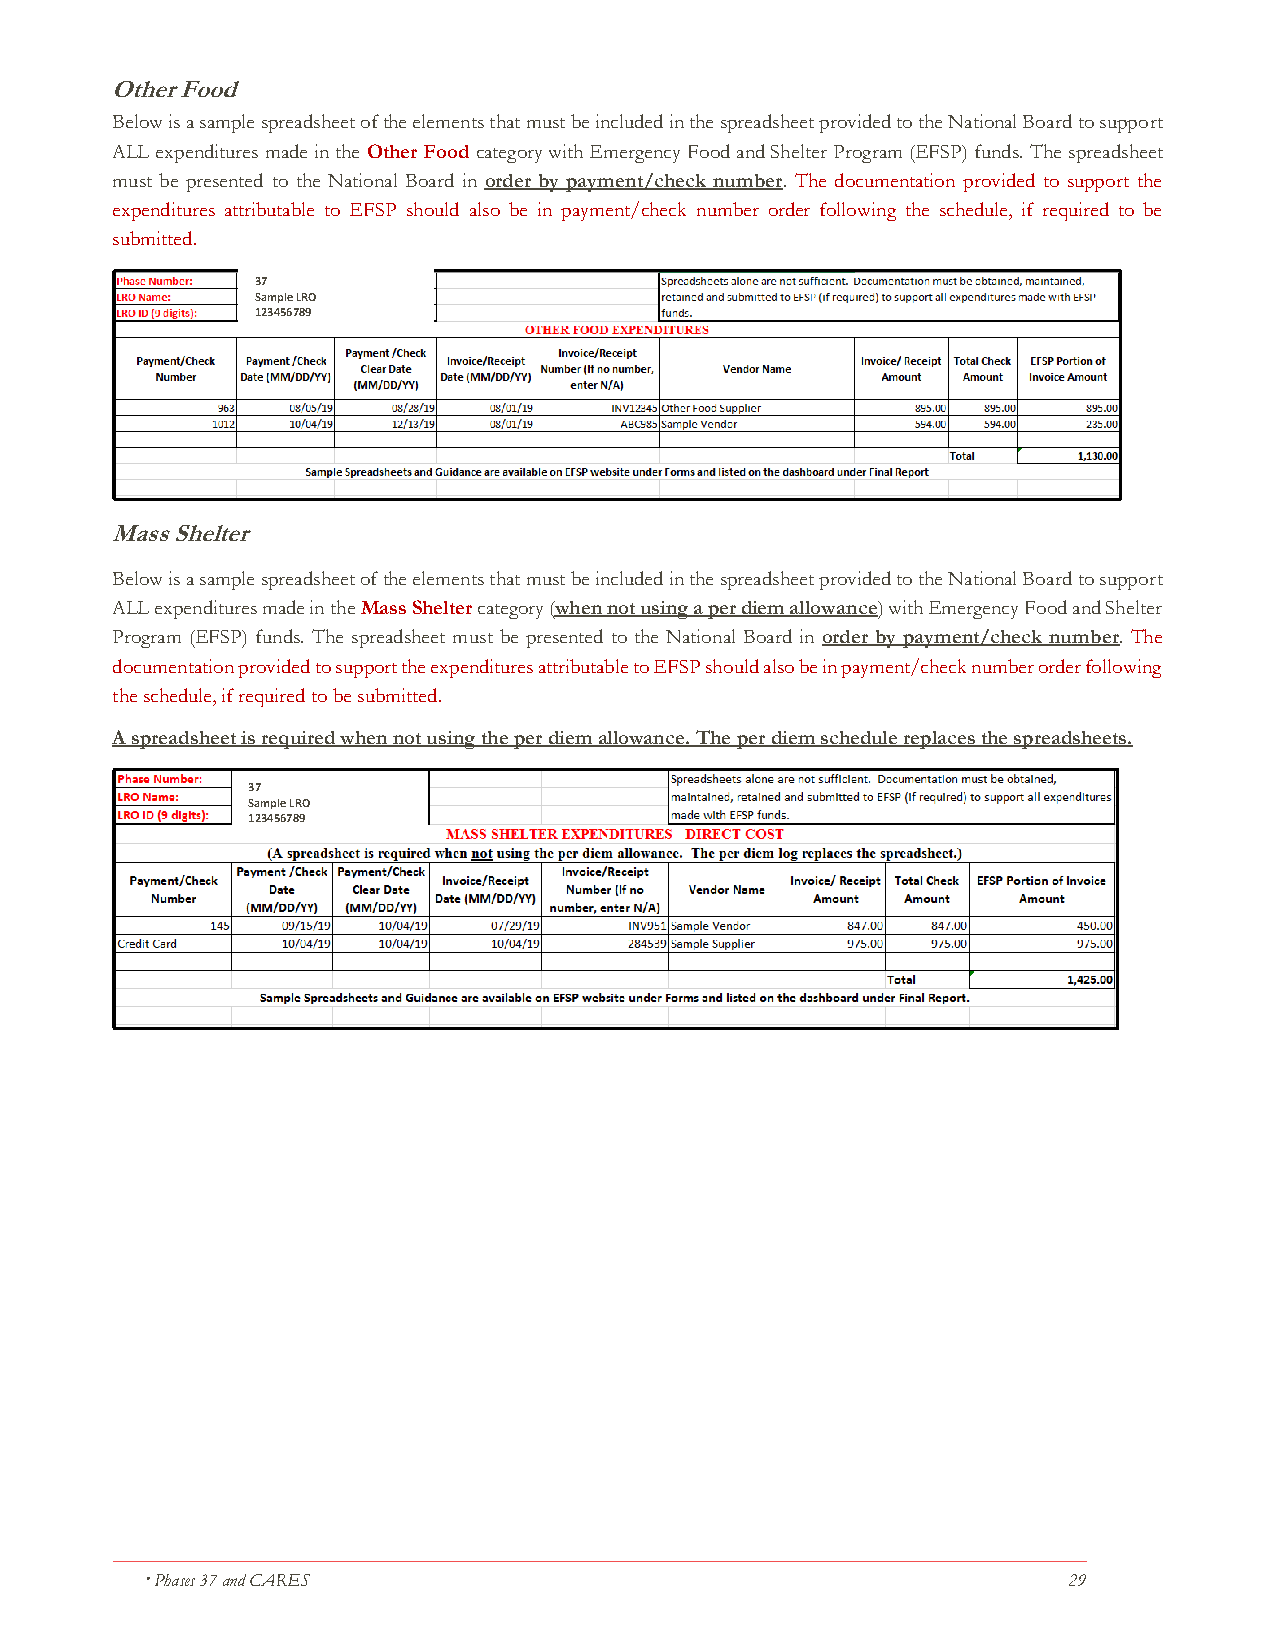
Other Food
 Below is a sample spreadsheet of the elements that must be included in the spreadsheet provided to the National Board to support
 ALL expenditures made in the Other Food category with Emergency Food and Shelter Program (EFSP) funds. The spreadsheet
 must be presented to the National Board in order by payment/check number. The documentation provided to support the
 expenditures attributable to EFSP should also be in payment/check number order following the schedule, if required to be
 submitted.
 37
 Sample LRO
 123456789
 Mass Shelter
 Below is a sample spreadsheet of the elements that must be included in the spreadsheet provided to the National Board to support
 ALL expenditures made in the Mass Shelter category (when not using a per diem allowance) with Emergency Food and Shelter
 Program (EFSP) funds. The spreadsheet must be presented to the National Board in order by payment/check number. The
 documentation provided to support the expenditures attributable to EFSP should also be in payment/check number order following
 the schedule, if required to be submitted.
 A spreadsheet is required when not using the per diem allowance. The per diem schedule replaces the spreadsheets.
 37
 Sample LRO
 123456789
  Phases 37 and CARES                                         29